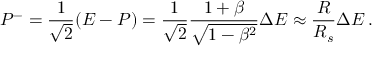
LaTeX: P ^ { - } = \frac { 1 } { \sqrt { 2 } } ( E - P ) = \frac { 1 } { \sqrt { 2 } } \frac { 1 + \beta } { \sqrt { 1 - \beta ^ { 2 } } } \Delta E \approx \frac { R } { R _ { s } } \Delta E \, .